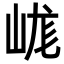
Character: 㟌